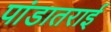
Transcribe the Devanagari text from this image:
पांडातराई